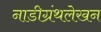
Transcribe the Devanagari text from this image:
नाडीग्रंथलेखन